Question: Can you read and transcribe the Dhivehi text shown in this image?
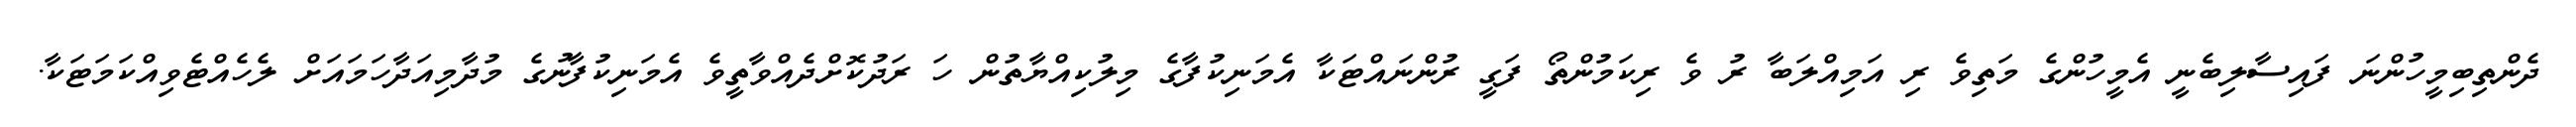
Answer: ދެންތިބިމީހުންނަ ފައިސާލިބެނީ އެމީހުންގެ މަތިވެ ރި އަމިއްލަބާ ރު ވެ ރިކަމުންތޯ ފަގީ ރުންނައްޓަކާ އެމަނިކުފާގެ މިލުކިއްޔާތުން ހަ ރަދުކޮށްދެއްވާތީވެ އެމަނިކުފާނުގެ މުދާމިއަދާހަމައަށް ލެހެއްޓެވިއްކަމަޓަކާ.